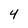
Character: 4